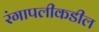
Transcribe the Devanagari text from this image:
रंगापलीकडील